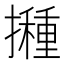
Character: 𭢸